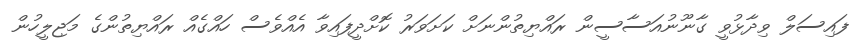
ފައިސަލް ވިދާޅުވީ ގާނޫނުއަސާސީން ރައްޔިތުންނަށް ކަށަވަރު ކޮށްދީފައިވާ އެއްވެސް ހައްގެއް ރައްޔިތުންގެ މަޖިލީހުން